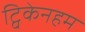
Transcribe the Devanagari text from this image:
ट्विकेनहम